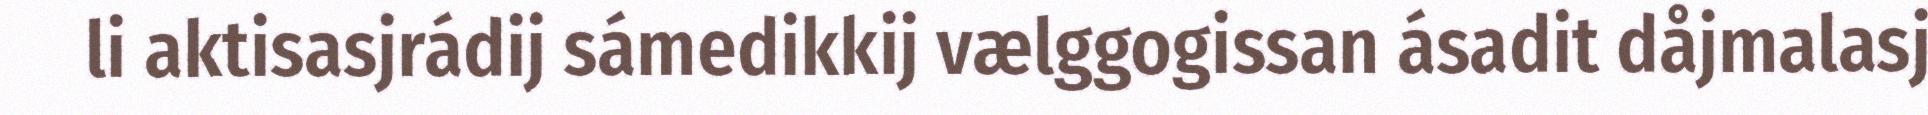
li aktisasjrádij sámedikkij vælggogissan ásadit dåjmalasj